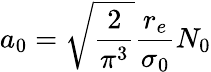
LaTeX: a_{0}=\sqrt{\frac{2}{\pi^{3}}}\frac{r_{e}}{\sigma_{0}}N_{0}